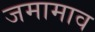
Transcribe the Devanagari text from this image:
जमामाव